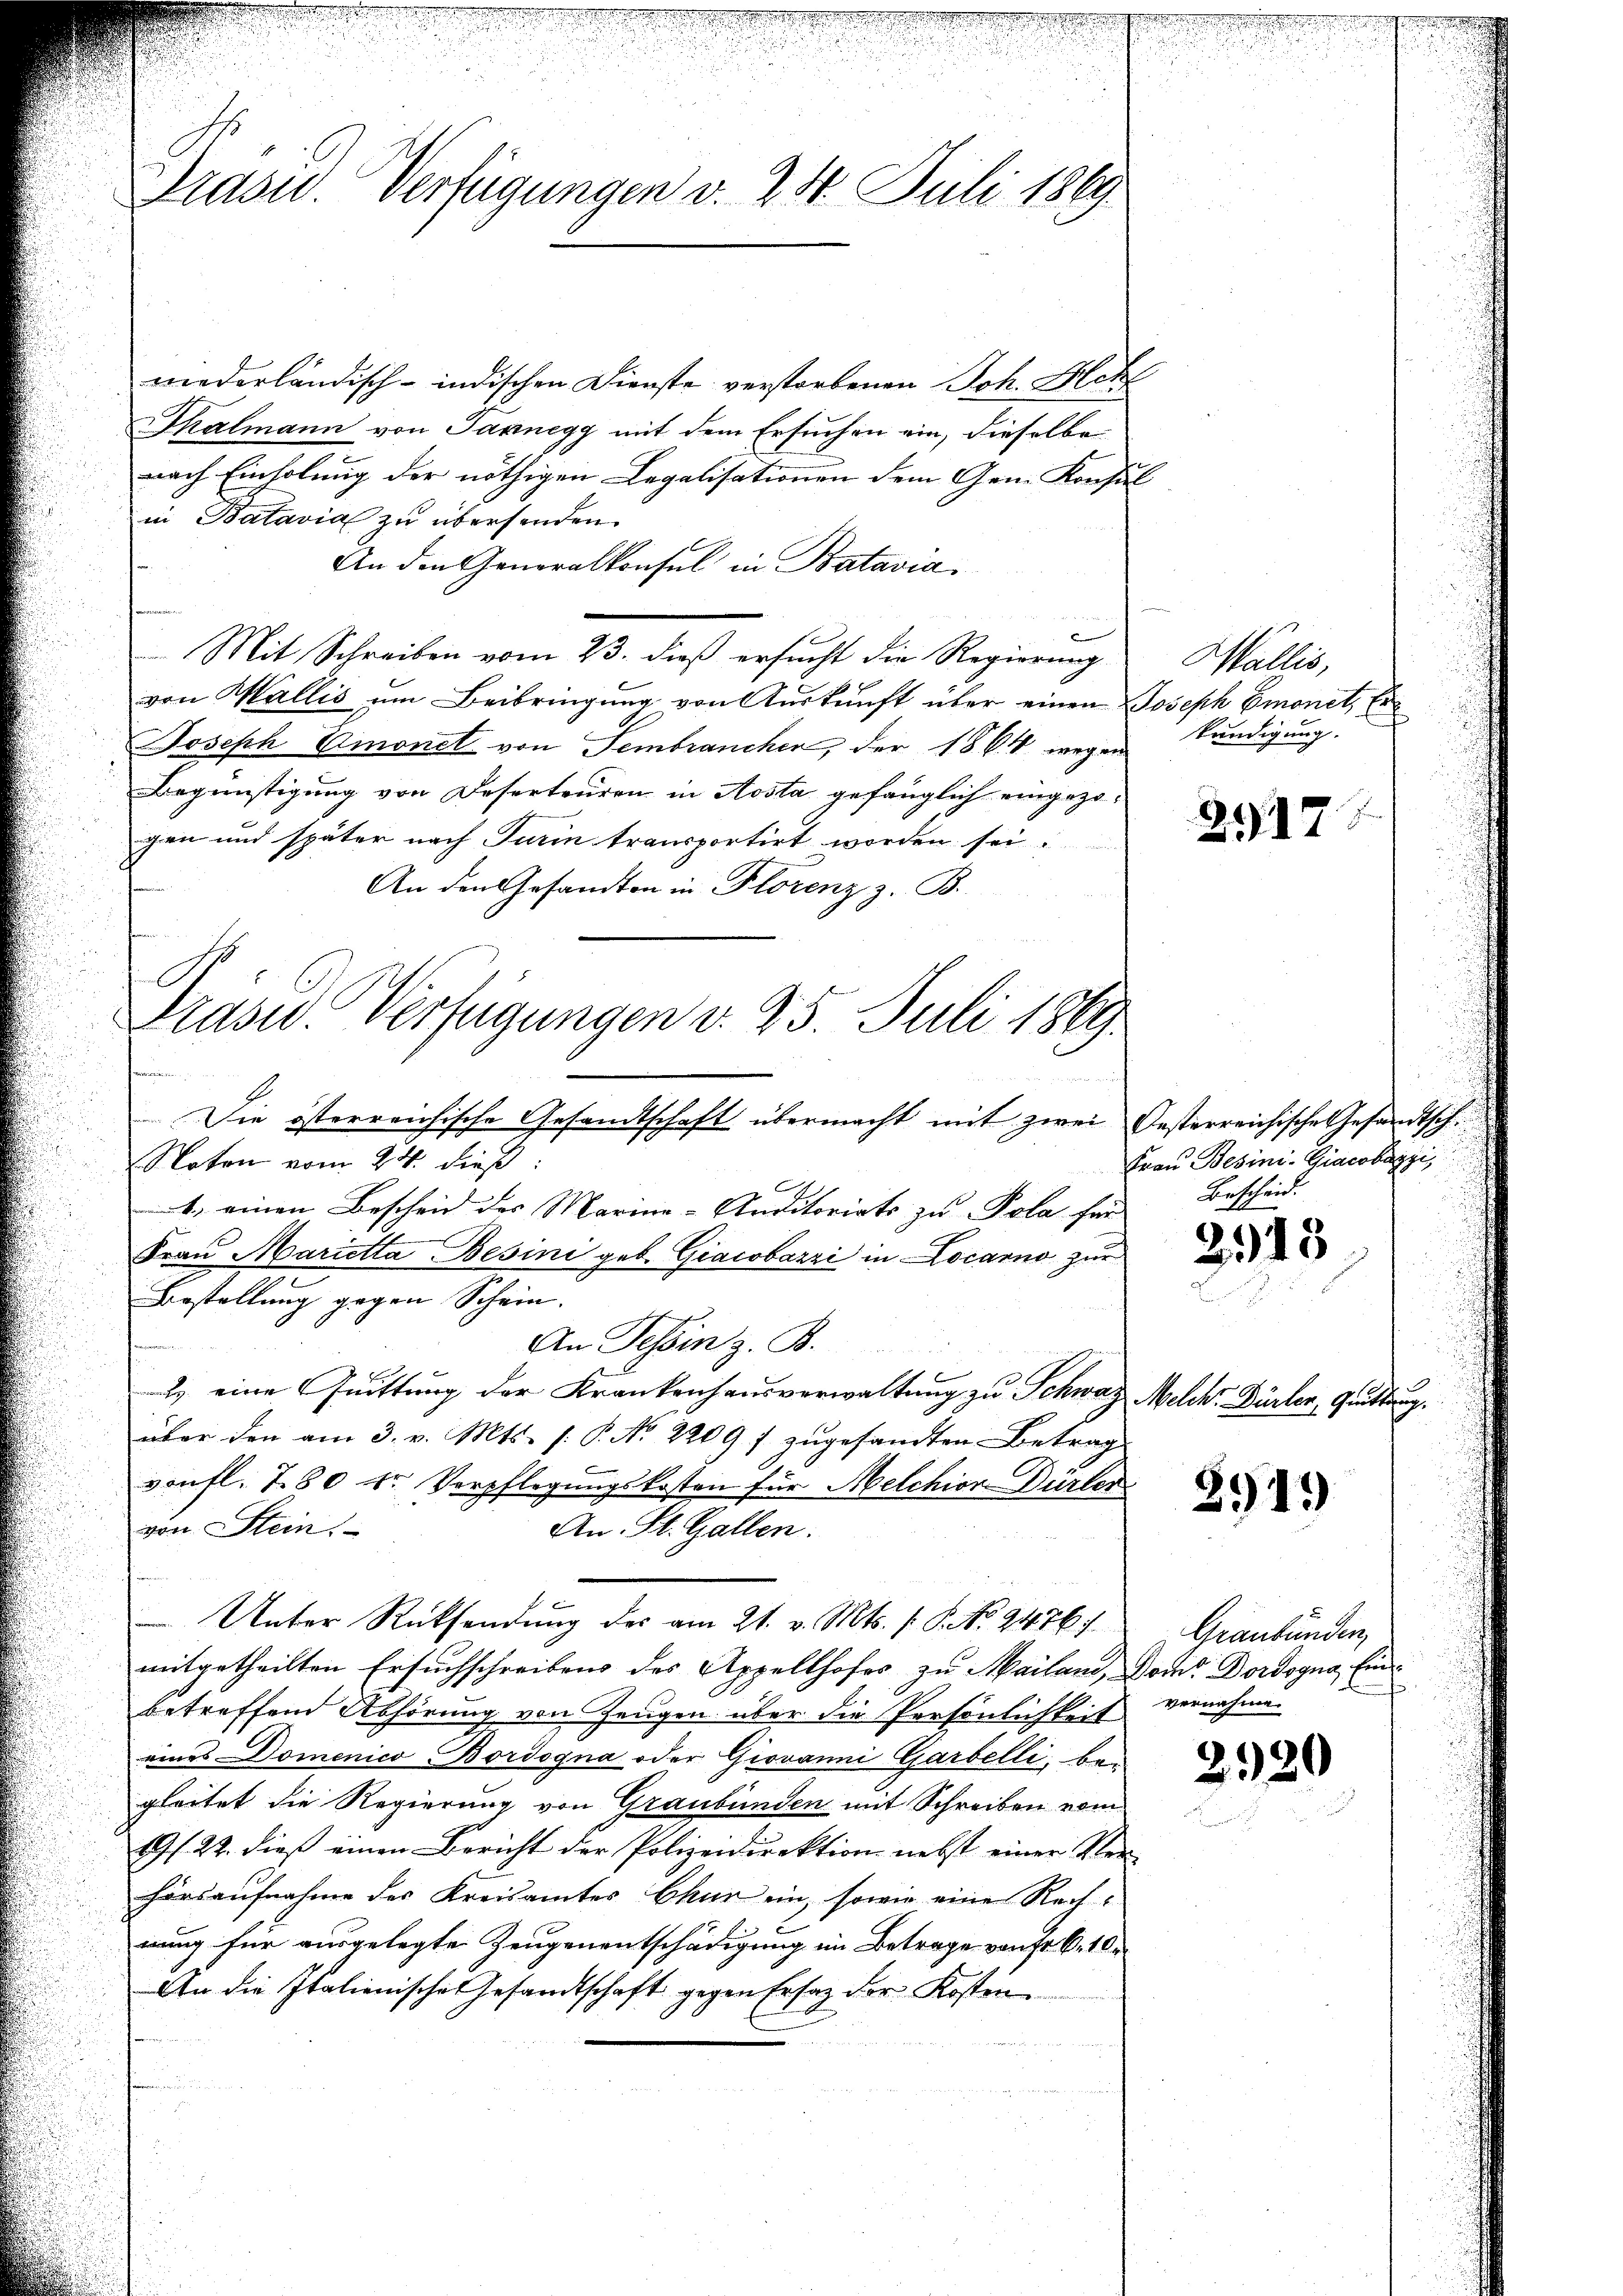
u
Präsid. Verfügungen v. 24. Juli 1869

niederländisch-indischen Dienste verstorbenen Joh. Hch
Thalmann von Pannegg mit dem Ersuchen ein, dieselbe
nach Einholung der nöthigen Legalisationen dem Gem. Konsul
in Batavia zu übersenden.
An den Generalkonsul in Batavia,
Mit Schreiben vom 23. dieß ersucht die Regierung Wallis,
von Wallis um Beibringung von Auskunft über einen Joseph Emonet, Er¬
Joseph Cmonet von Sembrancher, der 1864 wegen Kündigung.
Begünstigung von Deserteuren in Aosta gefänglich eingezogen und später nach Turin transportirt worden sei.
An den Gesandten in Florenz z. B.

Präses Verfügungen v. 25. Juli 1899.
e
Die österreichische Gesandtschaft übermacht mit zwei Oesterreichische Gesandtsch.
Noten vom 24. dieß:

, einen Bescheid des Marine-Auditoriats zu Pola für
Frau Marietta Besini geb. Giacobazzi in Locarno zur
Bestellung gegen Schein. |
An Tessin z. B.
2. eine Quittung der Krankenhausverwaltung zu Schweiz Melch. Dürler, Quittung.
über den am 3. v. Mts. f. P. Nr. 2209 f zŭgesandten Betrag
von fl. 780 sr Verpflegungskosten für Melchior Dürler
von Stein.
An St. Gallen.
Unter Rücksendung des am 21. v. Mts. (: P. Nr. 2476)
mitgetheilten Ersuchschreibens des Appellhofes zu Mailand, Dom Dordsgna, Einbetreffend Abhörung von Zeugen über die Persönlichkeit
eines Domenico Bordogna oder Giovanni Garbelli, begleitet die Regierung von Graubünden mit Schreiben vom
9/22. dieß einen Bericht der Polizeidirektion nebst einer Verhörsaufnahme des Kreisamtes Chur ein, sowie eine Rechwung für ausgelegte Zeugenentschädigung im Betrage von Fr. 6. 10.
An die Italienische Gesandtschaft gegen Ersatz der Kosten

.

2917

Frau Besini-Giacobuzzi,
Bescheid.

2343

2919

Graubünden
mmhe
vernahme.

2520

.